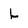
Character: L